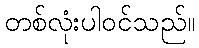
တစ်လုံးပါဝင်သည်။